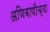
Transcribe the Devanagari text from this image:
अणिबाणीच्या